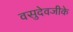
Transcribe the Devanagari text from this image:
वसुदेवजीके